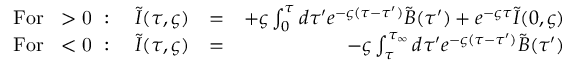
\begin{array} { r l r } { \mathrm { F o r ~ \varsigma > 0 ~ } : \quad \tilde { I } ( \tau , \varsigma ) } & { = } & { + \varsigma \int _ { 0 } ^ { \tau } d \tau ^ { \prime } e ^ { - \varsigma ( \tau - \tau ^ { \prime } ) } \tilde { B } ( \tau ^ { \prime } ) + e ^ { - \varsigma \tau } \tilde { I } ( 0 , \varsigma ) } \\ { \mathrm { F o r ~ \varsigma < 0 ~ } : \quad \tilde { I } ( \tau , \varsigma ) } & { = } & { - \varsigma \int _ { \tau } ^ { \tau _ { \infty } } d \tau ^ { \prime } e ^ { - \varsigma ( \tau - \tau ^ { \prime } ) } \tilde { B } ( \tau ^ { \prime } ) } \end{array}